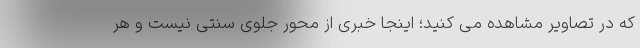
که در تصاویر مشاهده می کنید؛ اینجا خبری از محور جلوی سنتی نیست و هر